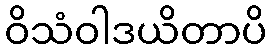
ဝိသံဝါဒယိတာပိ